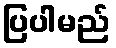
ပြပါမည်